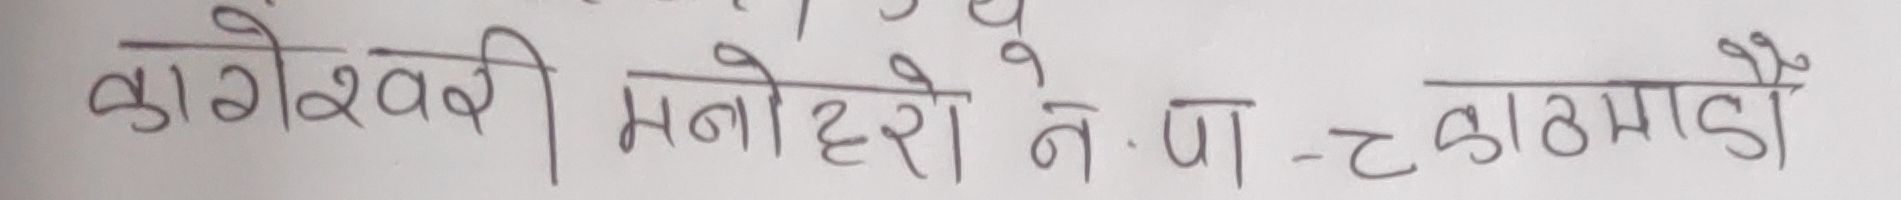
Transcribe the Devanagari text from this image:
बागेश्वरी मनोहरी ने पा - ट काठमाडौँ